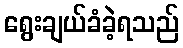
ရွေးချယ်ခံခဲ့ရသည်